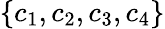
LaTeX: \{ c_{1},c_{2},c_{3},c_{4}\}